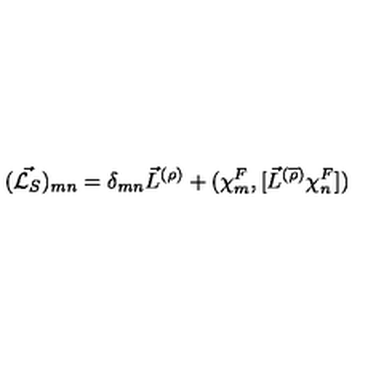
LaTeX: ( \vec { { \cal L } _ { S } } ) _ { m n } = { \delta } _ { m n } { \vec { L } } ^ { ( \rho ) } + ( { \chi } _ { m } ^ { F } , [ { \vec { L } } ^ { ( \overline { { \rho } } ) } { \chi } _ { n } ^ { F } ] )